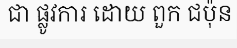
ជា ផ្លូវការ ដោយ ពួក ជប៉ុន